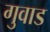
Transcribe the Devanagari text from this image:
गुवाड